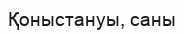
Қоныстануы, саны